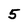
Character: 5